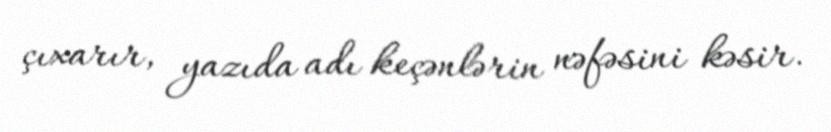
çıxarır, yazıda adı keçənlərin nəfəsini kəsir.